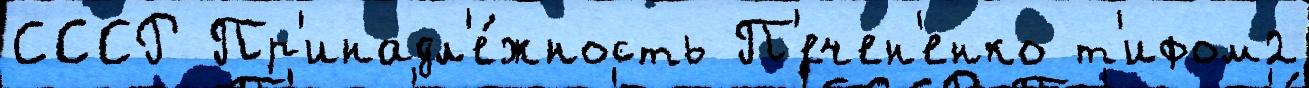
СССР Пр'инадл'е́жность П'ечен'енко т'ифом2